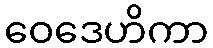
ဝေဒေဟိကာ